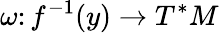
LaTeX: \omega\colon f^{-1}(y)\to T^{*}M